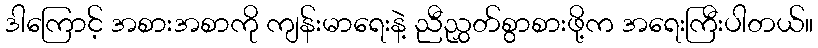
ဒါကြောင့် အစားအစာကို ကျန်းမာရေးနဲ့ ညီညွှတ်စွာစားဖို့က အရေးကြီးပါတယ်။